Annual report of the Punjab Veterinary College and of the Civil Veterinary Department, Punjab - 1926-1932
Year: 1926
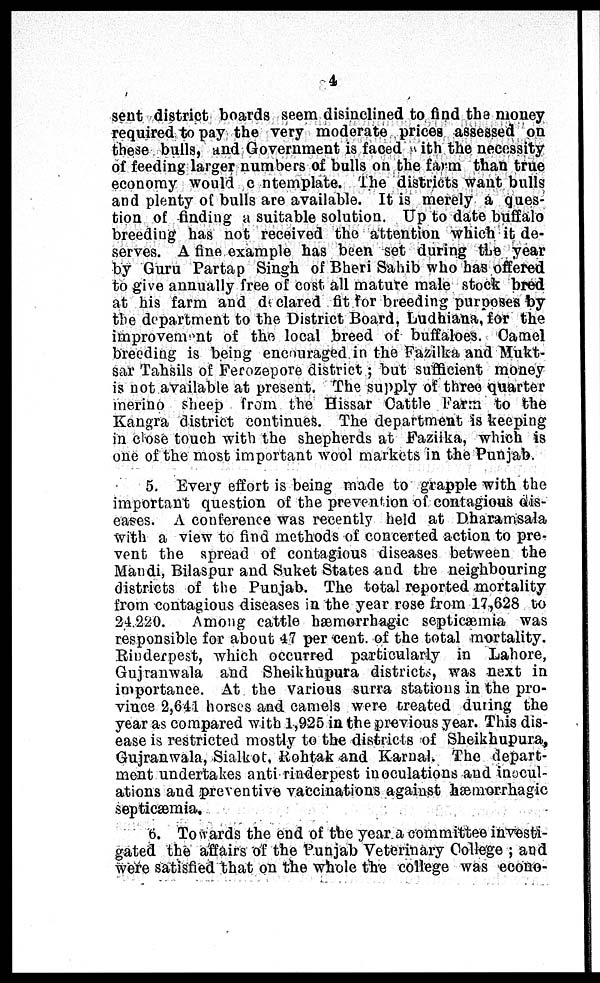
4
sent district boards seem disinclined to find the money
required to pay the very moderate prices assessed on
these bulls, and Government is faced ith the necessity
of feeding larger numbers of bulls on the farm than true
economy would c ntemplate. The districts want bulls
and plenty of bulls are available. It is merely a ques-
tion of finding a suitable solution. Up to date buffalo
breeding has not received the attention which it de-
serves. A fine example has been set during the year
by Guru Partap Singh of Bheri Sahib who has offered
to give annually free of cost all mature male stock bred
at his farm and declared fit for breeding purposes by
the department to the District Board, Ludhiana, for the
improvement of the local breed of buffaloes. Camel
breeding is being encouraged in the Fazilka and Mukt-
sar Tahsils of Ferozepore district; but sufficient money
is not available at present. The supply of three quarter
merino sheep from the Hissar Cattle Farm to the
Kangra district continues. The department is keeping
in close touch with the shepherds at Fazilka, which is
one of the most important wool markets in the Punjab.
5. Every effort is being made to grapple with the
important question of the prevention of contagious dis-
eases. A conference was recently held at Dharamsala
with a view to find methods of concerted action to pre-
vent the spread of contagious diseases between the
Mandi, Bilaspur and Suket States and the neighbouring
districts of the Punjab. The total reported mortality
from contagious diseases in the year rose from 17,628 to
24.220.
Among cattle hæmorrhagic septicæmia was
responsible for about 47 per cent. of the total mortality.
Rinderpest, which occurred particularly in Lahore,
Gujranwala and Sheikhupura districts, was next in
importance. At the various surra stations in the pro-
vince 2,641 horses and camels were created during the
year as compared with 1,925 in the previous year. This dis-
ease is restricted mostly to the districts of Sheikhupura,
Gujranwala, Sialkot, Rohtak and Karnal. The depart-
ment undertakes anti rinderpest inoculations and inocul-
ations and preventive vaccinations against hæmrorrhagic
septicæmia.
6. Towards the end of the year a committee investi-
gated the affairs of the Punjab Veterinary College; and
were satisfied that on the whole the college was econo-